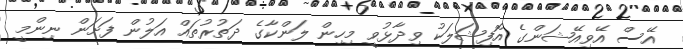
އޭސް އޭވިއޭޝަންގެ އޮފިޝަލަކު ވިދާޅުވީ މިހިން ލަންކާގެ ދަތުރުތައް އަލުން ފަށަން ނިންމީ